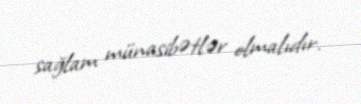
sağlam münasibətlər olmalıdır.